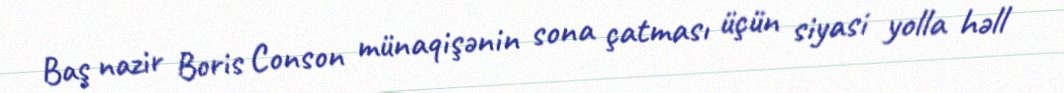
Baş nazir Boris Conson münaqişənin sona çatması üçün siyasi yolla həll